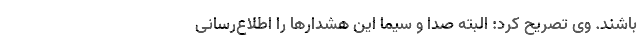
باشند. وی تصریح کرد: البته صدا و سیما این هشدارها را اطلاع‌رسانی